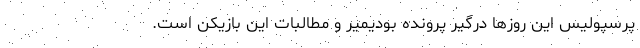
پرسپولیس این روزها درگیر پرونده بودیمیر و مطالبات این بازیکن است.